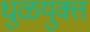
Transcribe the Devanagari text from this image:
धुळयुक्त